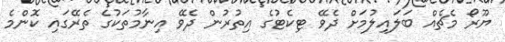
ޔޫރޯ މެޗެއް ބަލައިލުމަށް ދެވޭ ޓިކެޓުގެ އިތުރުން ދެވޭ އިނާމުތަކުގެ ތެރޭގައި ކޮންމެ